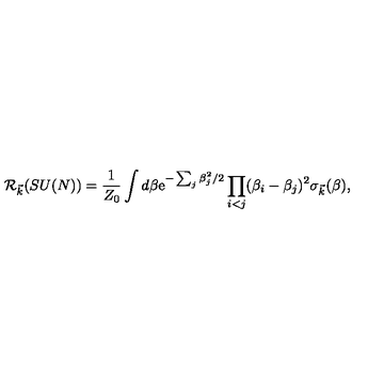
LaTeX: { \cal R } _ { \vec { k } } ( S U ( N ) ) = { \frac { 1 } { Z _ { 0 } } } \int d \beta \mathrm { e } ^ { - \sum _ { j } \beta _ { j } ^ { 2 } / 2 } \prod _ { i < j } ( \beta _ { i } - \beta _ { j } ) ^ { 2 } \sigma _ { \vec { k } } ( \beta ) ,